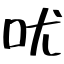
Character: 㕱